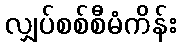
လျှပ်စစ်စီမံကိန်း